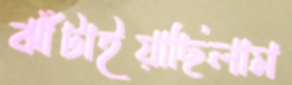
ঝাঁটাইয়াছিলাম